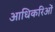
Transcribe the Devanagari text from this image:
आधिकरिओं